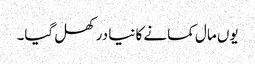
یوں مال کمانے کا نیا در کھل گیا۔